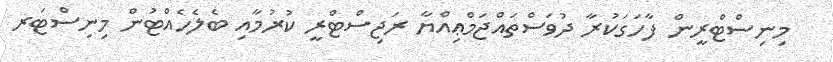
މިނިސްޓްރީން ފާހަގަކުރާ ދުވަސްތައްޖަމްޢިއްޔާ ރަޖިސްޓްރީ ކުރުމާއި ބެލެހެއްޓުން މިނިސްޓަރ